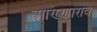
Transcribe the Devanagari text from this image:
आण्णाराव